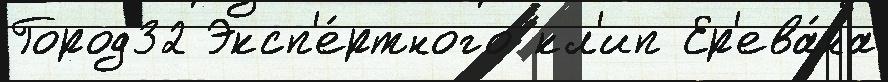
Город32 Эксп'е́ртного кл'ип Ер'ева́на